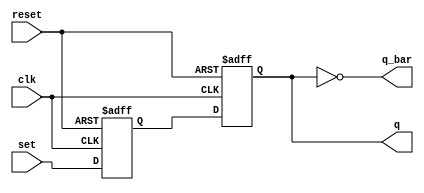
module sr_flip_flop (
    input wire clk,
    input wire reset,
    input wire set,
    output reg q,
    output reg q_bar
);

reg master_latch, slave_latch;

always @(posedge clk or posedge reset) begin
    if (reset) begin
        master_latch <= 1'b0;
        slave_latch <= 1'b0;
    end else begin
        master_latch <= set;
        slave_latch <= master_latch;
    end
end

assign q = slave_latch;
assign q_bar = ~slave_latch;

endmodule